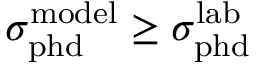
\sigma _ { \mathrm { { p h d } } } ^ { \mathrm { { m o d e l } } } \geq \sigma _ { \mathrm { { p h d } } } ^ { \mathrm { { l a b } } }